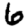
Digit: 6